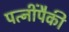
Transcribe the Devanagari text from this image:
पत्‍नींपैकी